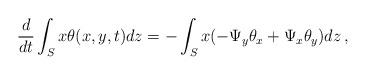
LaTeX: \begin{align*}\frac{d}{dt} \int_{S} x\theta(x,y,t)dz=- \int_{S} x(-\Psi_y\theta_x+\Psi_x\theta_y)dz\,,\end{align*}